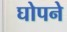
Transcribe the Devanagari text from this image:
घोपने